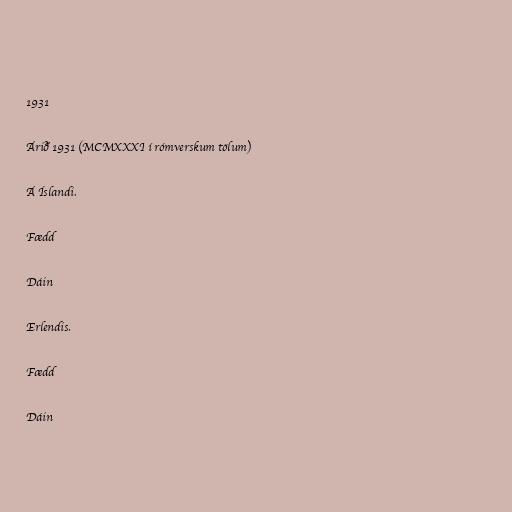
1931

Árið 1931 (MCMXXXI í rómverskum tölum)

Á Íslandi.

Fædd

Dáin

Erlendis.

Fædd

Dáin